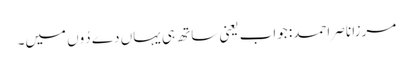
مرزا ناصر احمد: جواب یعنی ساتھ ہی یہاں دے دُوں میں۔